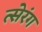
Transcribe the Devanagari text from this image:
त्सेरंग